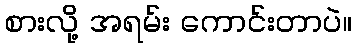
စားလို့ အရမ်း ကောင်းတာပဲ။